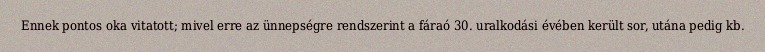
Ennek pontos oka vitatott; mivel erre az ünnepségre rendszerint a fáraó 30. uralkodási évében került sor, utána pedig kb.